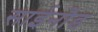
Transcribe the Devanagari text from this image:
साईनौड